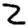
Digit: 2